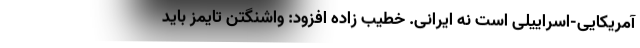
آمریکایی-اسراییلی است نه ایرانی. خطیب زاده افزود: واشنگتن تایمز باید